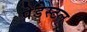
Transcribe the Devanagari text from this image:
पेडेस्टल